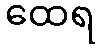
ထေရ